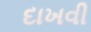
દાખવી